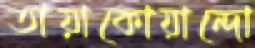
তায়াকোয়ান্দো